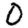
Digit: 0